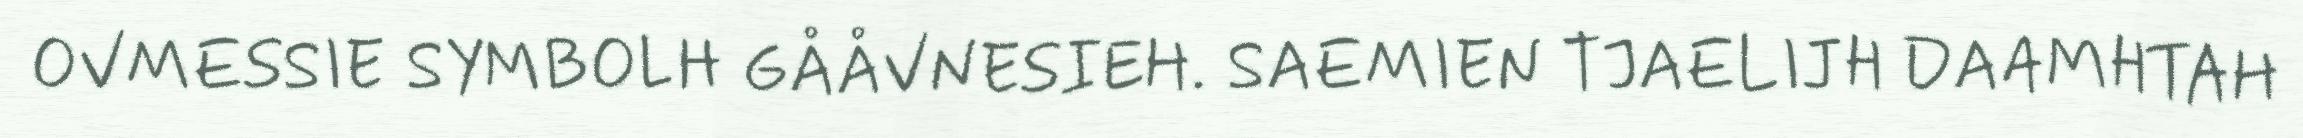
OVMESSIE SYMBOLH GÅÅVNESIEH. SAEMIEN TJAELIJH DAAMHTAH